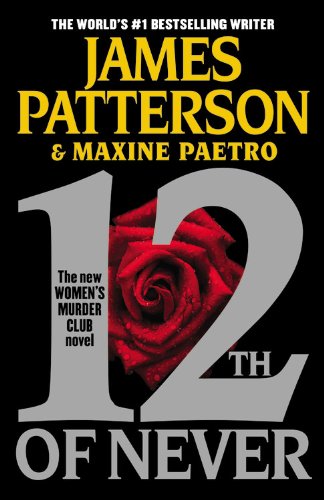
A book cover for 12th of Never (Women's Murder Club); James Patterson; Mystery, Thriller & Suspense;